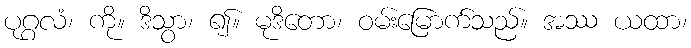
ပုဂ္ဂလံ၊ ကို။ ဒိသွာ၊ ၍။ မုဒိတော၊ ဝမ်းမြောက်သည်။ အဿ ယထာ၊